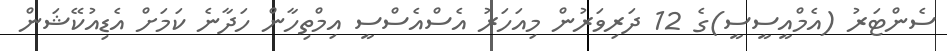
ސެންޓަރު (އެމްއީސީސީ)ގެ 12 ދަރިވަރުން މިއަހަރު އެސްއެސްސީ އިމްތިހާން ހަދާނެ ކަމަށް އެޑިއުކޭޝަން